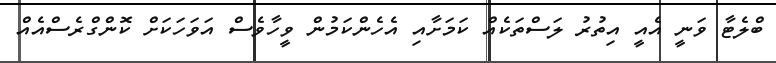
ބްލެޓާ ވަނީ އެއީ އިތުރު ލަސްތަކެއް ކަމަށާއި އެހެންކަމުން ވީހާވެސް އަވަހަކަށް ކޮންގްރެސްއެއް